Civil Veterinary Department. United Provinces 1923-31 - 1923-1931
Year: 1923
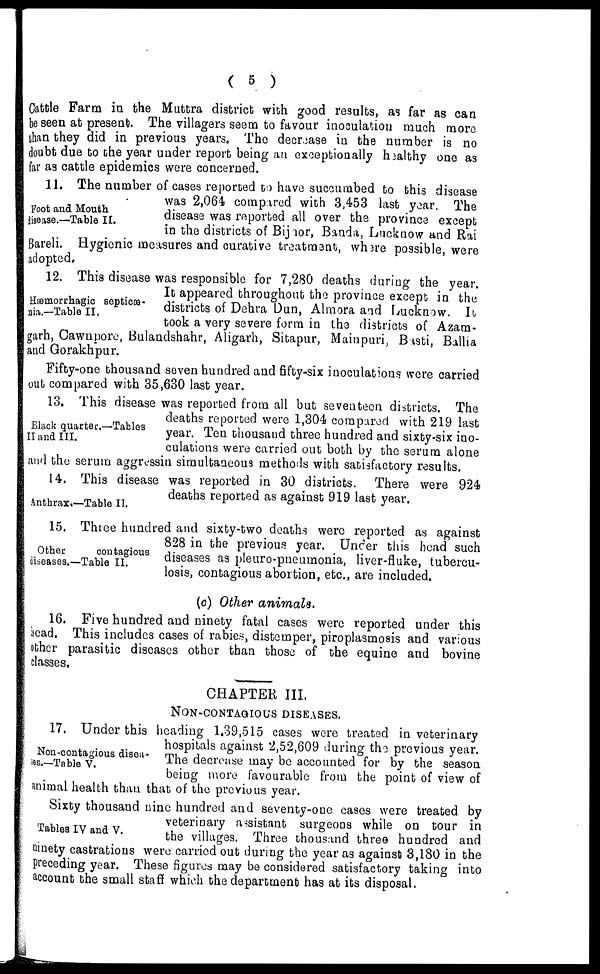
( 5 )
Cattle Farm in the Muttra district with good results, as far as can
be seen at present. The villagers seem to favour inoculation much more
than they did in previous years. The decrease in the number is no
doubt due do the year under report being an exceptionally healthy one as
far as cattle epidemics were concerned.
Foot and Mouth
disease.—Table II.
11. The number of cases reported to have succumbed to this disease
was 2,064 compared with 3,453 last year. The
disease was reported all over the province except
in the districts of Bijnor, Banda, Lucknow and Rai
Bareli. Hygienic measures and curative treatment, where possible, were
adopted.
Hæmorrhagic septicæ-
mia.—Table II.
12. This disease was responsible for 7,280 deaths during the year.
It appeared throughout the province except in the
districts of Dehra Dun, Almora and Lucknow. It
took a very severe form in the districts of Azam-
garh, Cawnpore, Bulandshahr, Aligarh, Sitapur, Mainpuri, Basti, Ballia
and Gorakhpur.
Fifty-one thousand seven hundred and fifty-six inoculations were carried
out compared with 35,630 last year.
Black quarter.—Tables
II and III.
13. This disease was reported from all but seventeen districts. The
deaths reported were 1,304 compared with 219 last
year. Ten thousand three hundred and sixty-six ino-
culations were carried out both by the serum alone
and the serum aggressin simultaneous methods with satisfactory results.
Anthrax.—Table II.
14. This disease was reported in 30 districts. There were 924
deaths reported as against 919 last year.
Other
contagious
diseases.—Table II.
15. Three hundred and sixty-two deaths were reported as against
828 in the previous year. Under this head such
diseases as pleuro-pneumonia, liver-fluke, tubercu-
losis, contagious abortion, etc., are included.
(c) Other animals.
16. Five hundred and ninety fatal cases were reported under this
head. This includes cases of rabies, distemper, piroplasmosis and various
other parasitic diseases other than those of the equine and bovine
classes,
CHAPTER III,
NON-CONTAGIOUS DISEASES.
Non-contagious disea-
ses.—Table V.
17. Under this heading 1.39,515 cases were treated in veterinary
hospitals against 2,52,609 during the previous year.
The decrease may be accounted for by the season
being more favourable from the point of view of
animal health than that of the previous year.
Tables IV and V.
Sixty thousand nine hundred and seventy-one eases were treated by
veterinary assistant surgeons while on tour in
the villages. Three thousand three hundred and
ninety castrations were carried out during the year as against 3,180 in the
preceding year. These figures may be considered satisfactory taking into
account the small staff which the department has at its disposal.